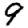
Digit: 9